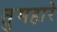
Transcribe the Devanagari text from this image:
तुमहारे